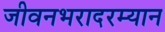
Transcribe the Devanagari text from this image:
जीवनभरादरम्यान